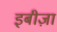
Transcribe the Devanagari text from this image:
इबीज़ा